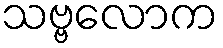
သဗ္ဗလောက